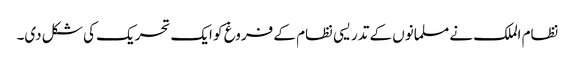
نظام الملک نے مسلمانوں کے تدریسی نظام کے فروغ کو ایک تحریک کی شکل دی۔